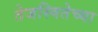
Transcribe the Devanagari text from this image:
तेजस्वितेच्या